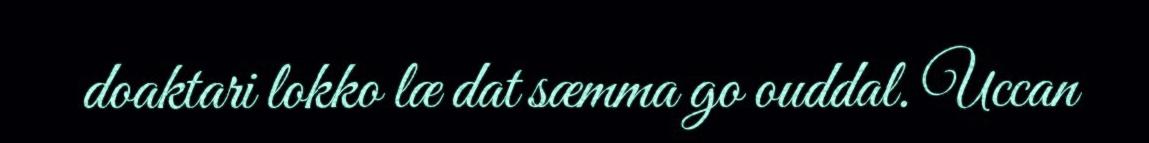
doaktari lokko læ dat sæmma go ouddal. Uccan